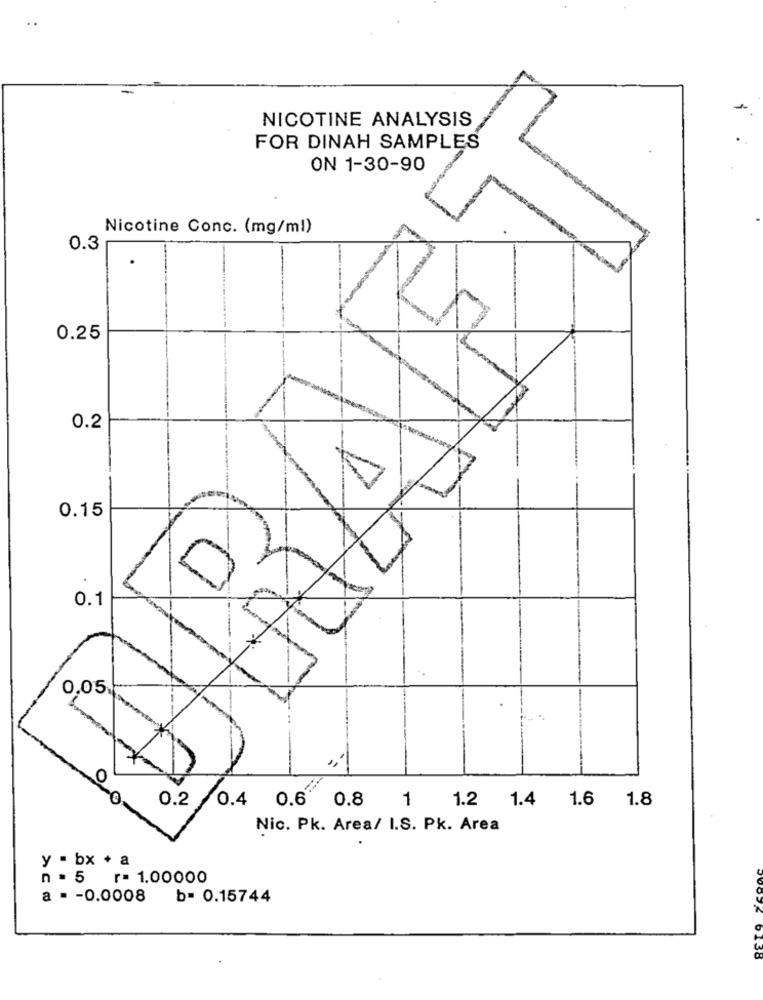
NICOTINE ANALYSIS
FOR DINAH SAMPLES
ON 1-30-90
Nicotine Conc. (mg/ml)
0.3
0.25
0.2
0.15
0
0.1
0.05
...
O
0.
1.8
0.2 0.4 0.6 0.8 1 1.2 1.4 1.6
Nic. Pk. Area/ I.S. Pk. Area
y . bx + a
n = 5 r= 1.00000
a . - 0.0008
b= 0.15744
1.36